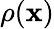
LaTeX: \rho({\mathbf x})